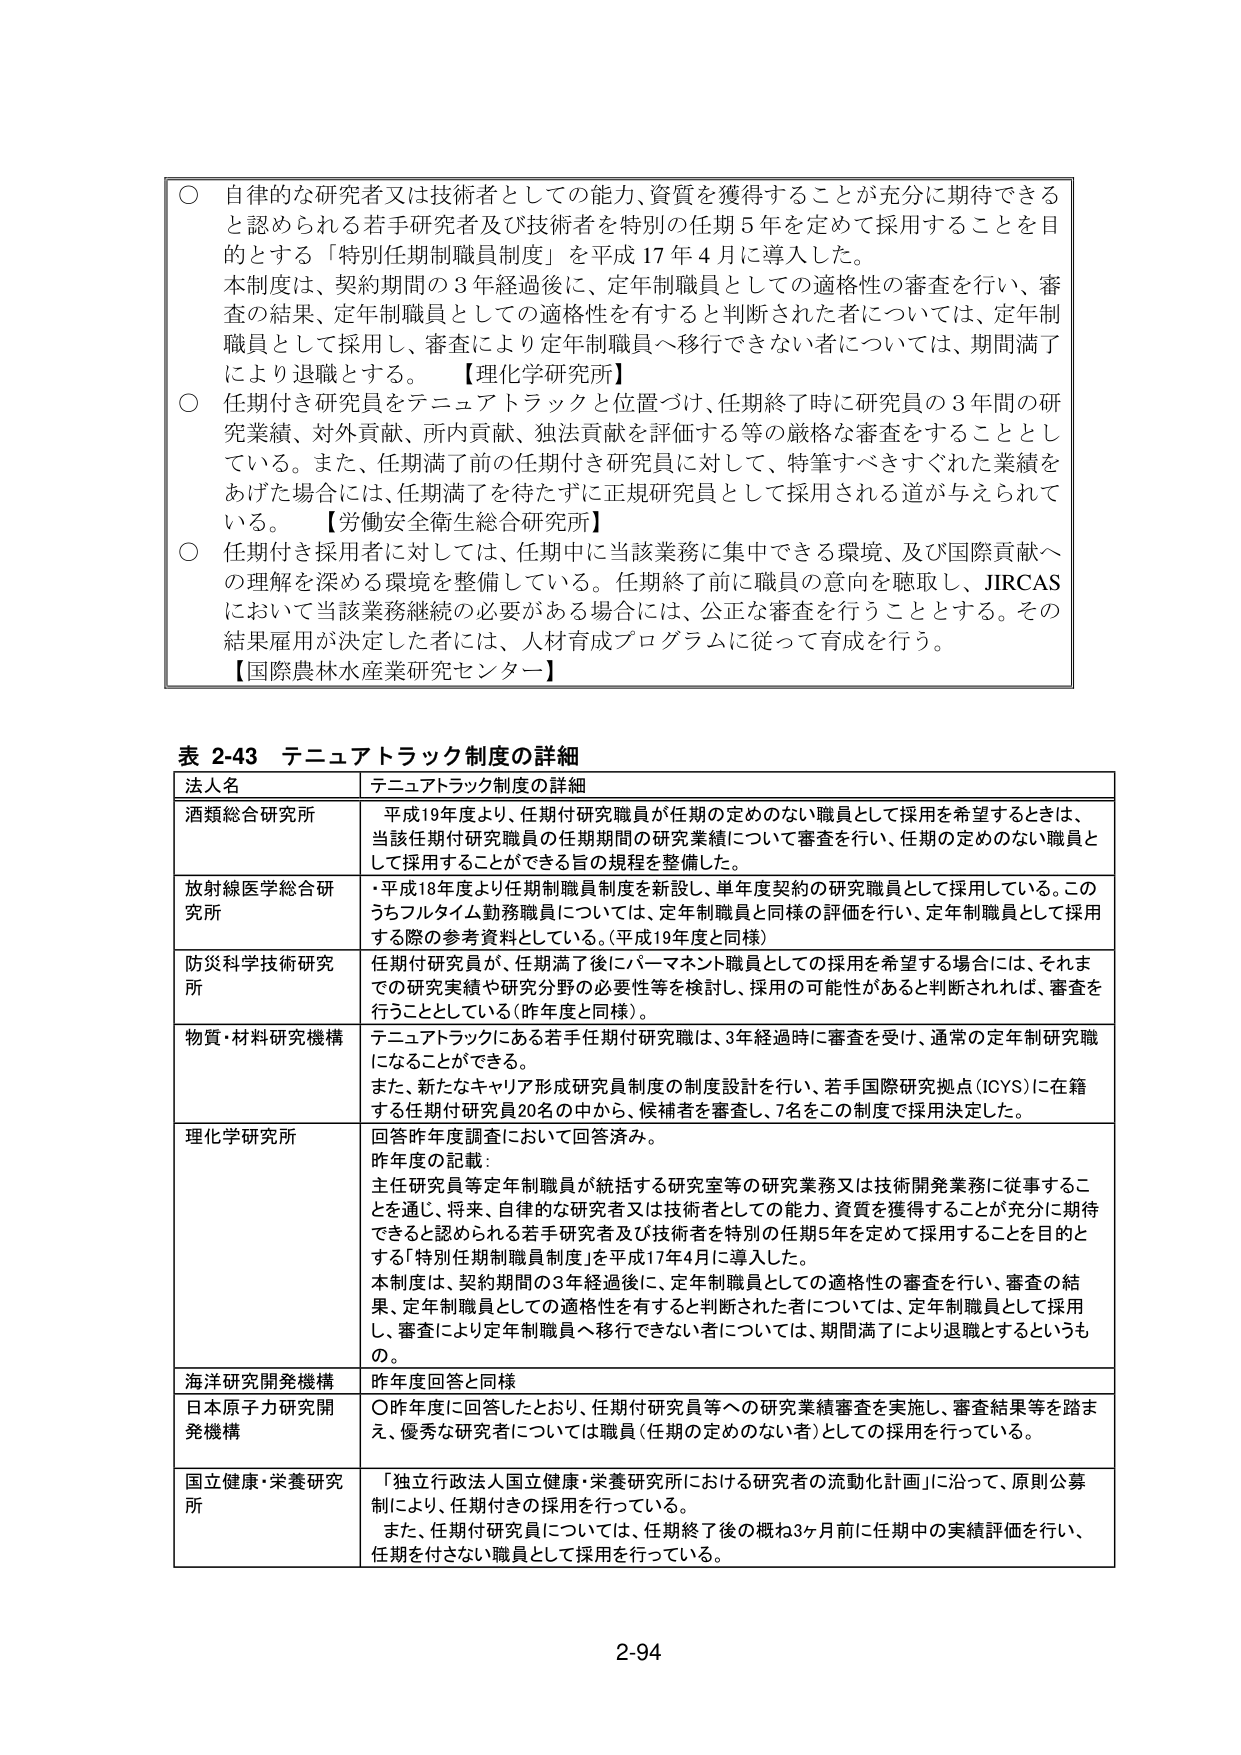
○ 自律的な研究者又は技術者としての能力、資質を獲得することが充分に期待できると認められる若手研究者及び技術者を特別の任期5年を定めて採用することを目的とする「特別任期制職員制度」を平成17年4月に導入した。
本制度は、契約期間の3年経過後に、定年制職員としての適格性の審査を行い、審査の結果、定年制職員としての適格性を有すると判断された者については、定年制職員として採用し、審査により定年制職員へ移行できない者については、期間満了により退職とする。【理化学研究所】

○ 任期付き研究員をテニュアトラックと位置づけ、任期終了時に研究員の3年間の研究業績、対外貢献、所内貢献、独法貢献を評価する等の厳格な審査をすることとしている。また、任期満了前の任期付き研究員に対して、特筆すべきすぐれた業績をあげた場合には、任期満了を待たずに正規研究員として採用される道が与えられている。【労働安全衛生総合研究所】

○ 任期付き採用者に対しては、任期中に当該業務に集中できる環境、及び国際貢献への理解を深める環境を整備している。任期終了前に職員の意向を聴取し、JIRCASにおいて当該業務継続の必要がある場合には、公正な審査を行うこととする。その結果雇用が決定した者には、人材育成プログラムに従って育成を行う。【国際農林水産業研究センター】

表 2-43 テニュアトラック制度の詳細

| 法人名 | テニュアトラック制度の詳細 |
|--------|-----------------------------|
| 酒類総合研究所 | 平成19年度より、任期付研究職員が任期の定めのない職員として採用を希望するときは、当該任期付研究職員の任期期間の研究業績について審査を行い、任期の定めのない職員として採用することができる旨の規程を整備した。 |
| 放射線医学総合研究所 | ・平成18年度より任期制職員制度を新設し、単年度契約の研究職員として採用している。このうちフルタイム勤務職員については、定年制職員と同様の評価を行い、定年制職員として採用する際の参考資料としている。（平成19年度と同様） |
| 防災科学技術研究所 | 任期付研究員が、任期満了後にパーソナント職員としての採用を希望する場合には、それまでの研究実績や研究分野の必要性等を検討し、採用の可能性があると判断されれば、審査を行うこととしている（昨年度と同様）。 |
| 物質・材料研究機構 | テニュアトラックにある若手任期付研究職は、3年経過時に審査を受け、通常の定年制研究職になることができる。また、新たなキャリア形成研究員制度の制度設計を行い、若手国際研究拠点（ICYS）に在籍する任期付研究員20名の中から、候補者を審査し、7名をこの制度で採用決定した。 |
| 理化学研究所 | 回答昨年度調査において回答済み。昨年度の記載：主任研究員等定年制職員が統括する研究室等の研究業務又は技術開発業務に従事することを通じ、将来、自律的な研究者又は技術者としての能力、資質を獲得することが充分に期待できると認められる若手研究者及び技術者を特別の任期5年を定めて採用することを目的とする「特別任期制職員制度」を平成17年4月に導入した。本制度は、契約期間の3年経過後に、定年制職員としての適格性の審査を行い、審査の結果、定年制職員としての適格性を有すると判断された者については、定年制職員として採用し、審査により定年制職員へ移行できない者については、期間満了により退職とするというもの。 |
| 海洋研究開発機構 | 昨年度回答と同様 |
| 日本原子力研究開発機構 | ○昨年度に回答したとおり、任期付研究員等への研究業績審査を実施し、審査結果等を踏まえ、優秀な研究者については職員（任期の定めのない者）としての採用を行っている。 |
| 国立健康・栄養研究所 | 「独立行政法人国立健康・栄養研究所における研究者の流動化計画」に沿って、原則公募制により、任期付きの採用を行っている。また、任期付研究員については、任期終了後の概ね3ヶ月前に任期中の実績評価を行い、任期を付さない職員として採用を行っている。 |

2-94